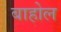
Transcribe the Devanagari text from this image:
बाहोल